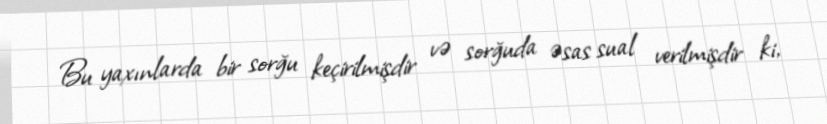
Bu yaxınlarda bir sorğu keçirilmişdir və sorğuda əsas sual verilmişdir ki,